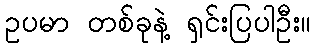
ဥပမာ တစ်ခုနဲ့ ရှင်းပြပါဦး။